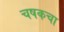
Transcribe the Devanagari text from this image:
चषकचा